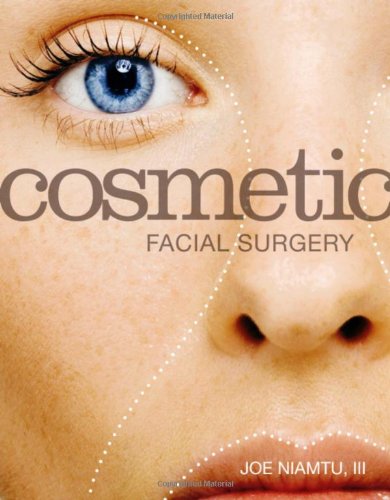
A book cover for Cosmetic Facial Surgery, 1e; Joe Niamtu III DMD  FAACS; Medical Books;